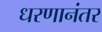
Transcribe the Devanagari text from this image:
धरणानंतर